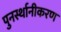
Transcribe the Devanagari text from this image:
पुनर्स्थानीकरण